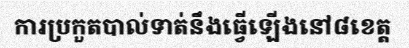
ការប្រកួតបាល់ទាត់នឹងធ្វើឡើងនៅ៨ខេត្ត